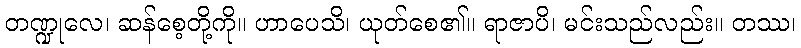
တဏ္ဍုလေ၊ ဆန်စေ့တို့ကို။ ဟာပေသိ၊ ယုတ်စေ၏။ ရာဇာပိ၊ မင်းသည်လည်း။ တဿ၊